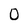
Character: 0